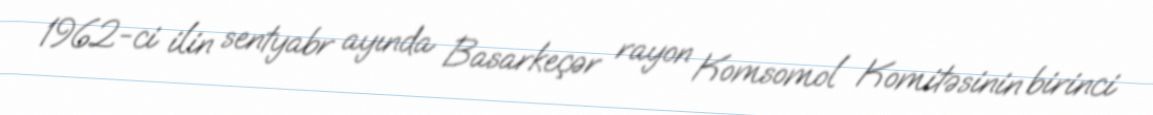
1962-ci ilin sentyabr ayında Basarkeçər rayon Komsomol Komitəsinin birinci